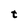
Character: t